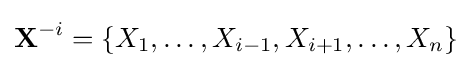
{\textbf {X}}^{-i}=\{X_{1},\ldots ,X_{i-1},X_{i+1},\ldots ,X_{n}\}